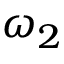
\omega _ { 2 }